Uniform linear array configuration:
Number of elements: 24
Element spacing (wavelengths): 0.75
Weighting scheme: uniform
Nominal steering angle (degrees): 45
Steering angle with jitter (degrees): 45.087
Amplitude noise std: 0.05
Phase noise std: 0.05

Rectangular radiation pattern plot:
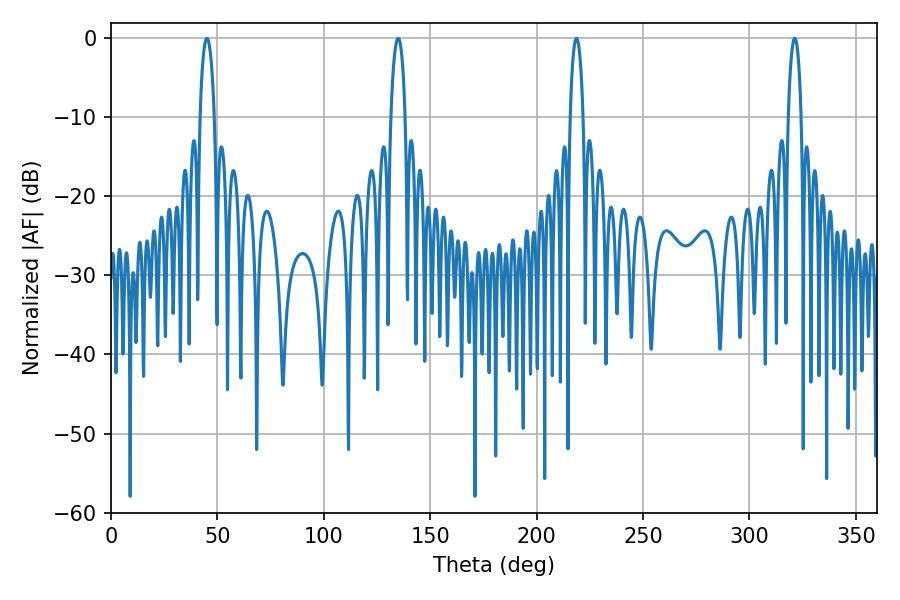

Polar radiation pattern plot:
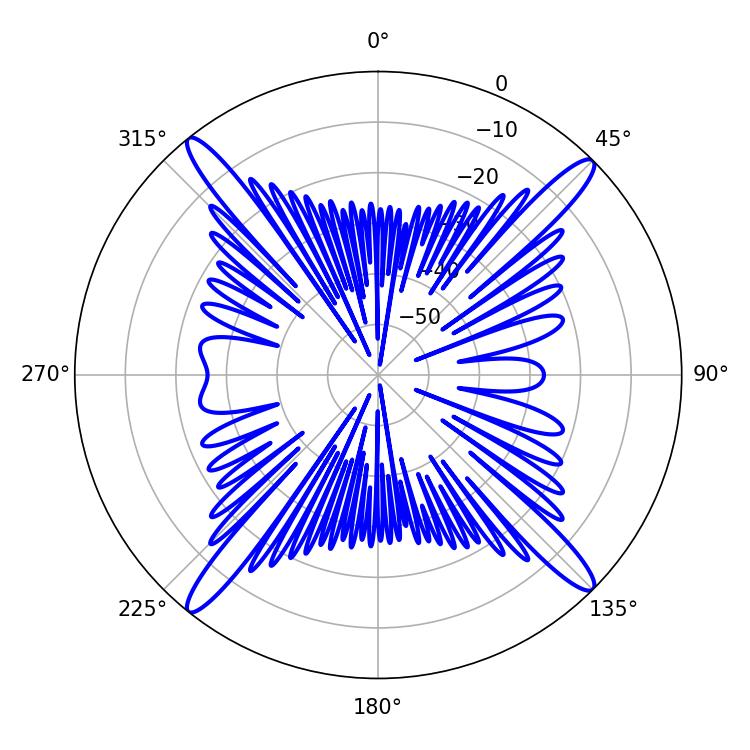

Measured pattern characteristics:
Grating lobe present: TRUE
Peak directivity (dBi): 19.757
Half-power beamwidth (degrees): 3.42
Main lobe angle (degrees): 218.7